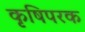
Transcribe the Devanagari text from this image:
कृषिपरक